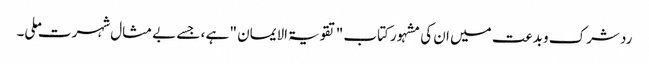
رد شرک و بدعت میں ان کی مشہور کتاب "تقویۃ الایمان " ہے ، جسے بے مثال شہرت ملی۔